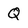
Character: Q